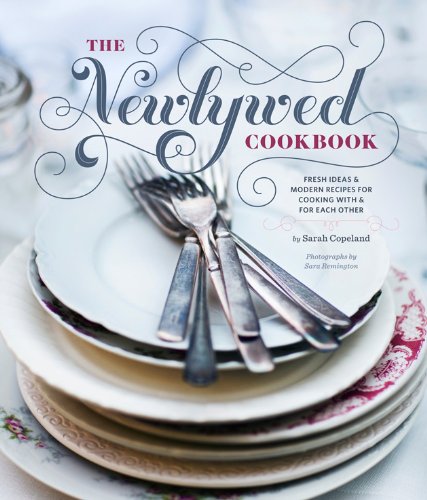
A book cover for The Newlywed Cookbook: Fresh Ideas and Modern Recipes for Cooking With and for Each Other; Sarah Copeland; Cookbooks, Food & Wine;